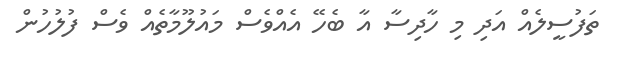
ތަފުސީލެއް އަދި މި ހާދިސާ އާ ބެހޭ އެއްވެސް މައުލޫމާތެއް ވެސް ފުލުހުން